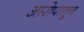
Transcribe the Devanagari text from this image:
आरोपातून